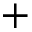
+